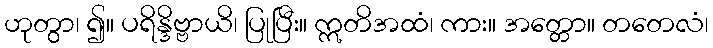
ဟုတွာ၊ ၍။ ပရိန္ဒိဗ္ဗာယိ၊ ပြုပြီး။ ဣတိအထံ၊ ကား။ အတ္တော။ တတေလံ၊